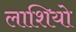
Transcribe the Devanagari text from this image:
लाशियो